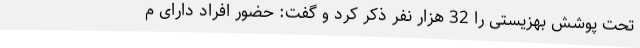
تحت پوشش بهزیستی را 32 هزار نفر ذکر کرد و گفت: حضور افراد دارای م